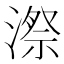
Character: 漈